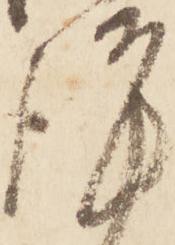
謹